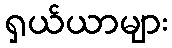
ရှယ်ယာများ